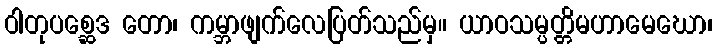
ဝါတုပစ္ဆေဒ တော၊ ကမ္ဘာဖျက်လေပြတ်သည်မှ။ ယာဝသမ္ပတ္တိမဟာမေဃော၊